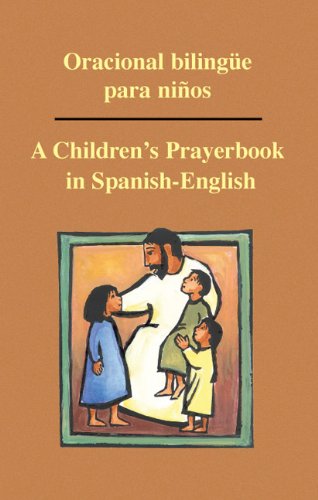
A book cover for Oracional bilingue para ninos: A Children's Prayerbook in Spanish-English (English and Spanish Edition); Children's Books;